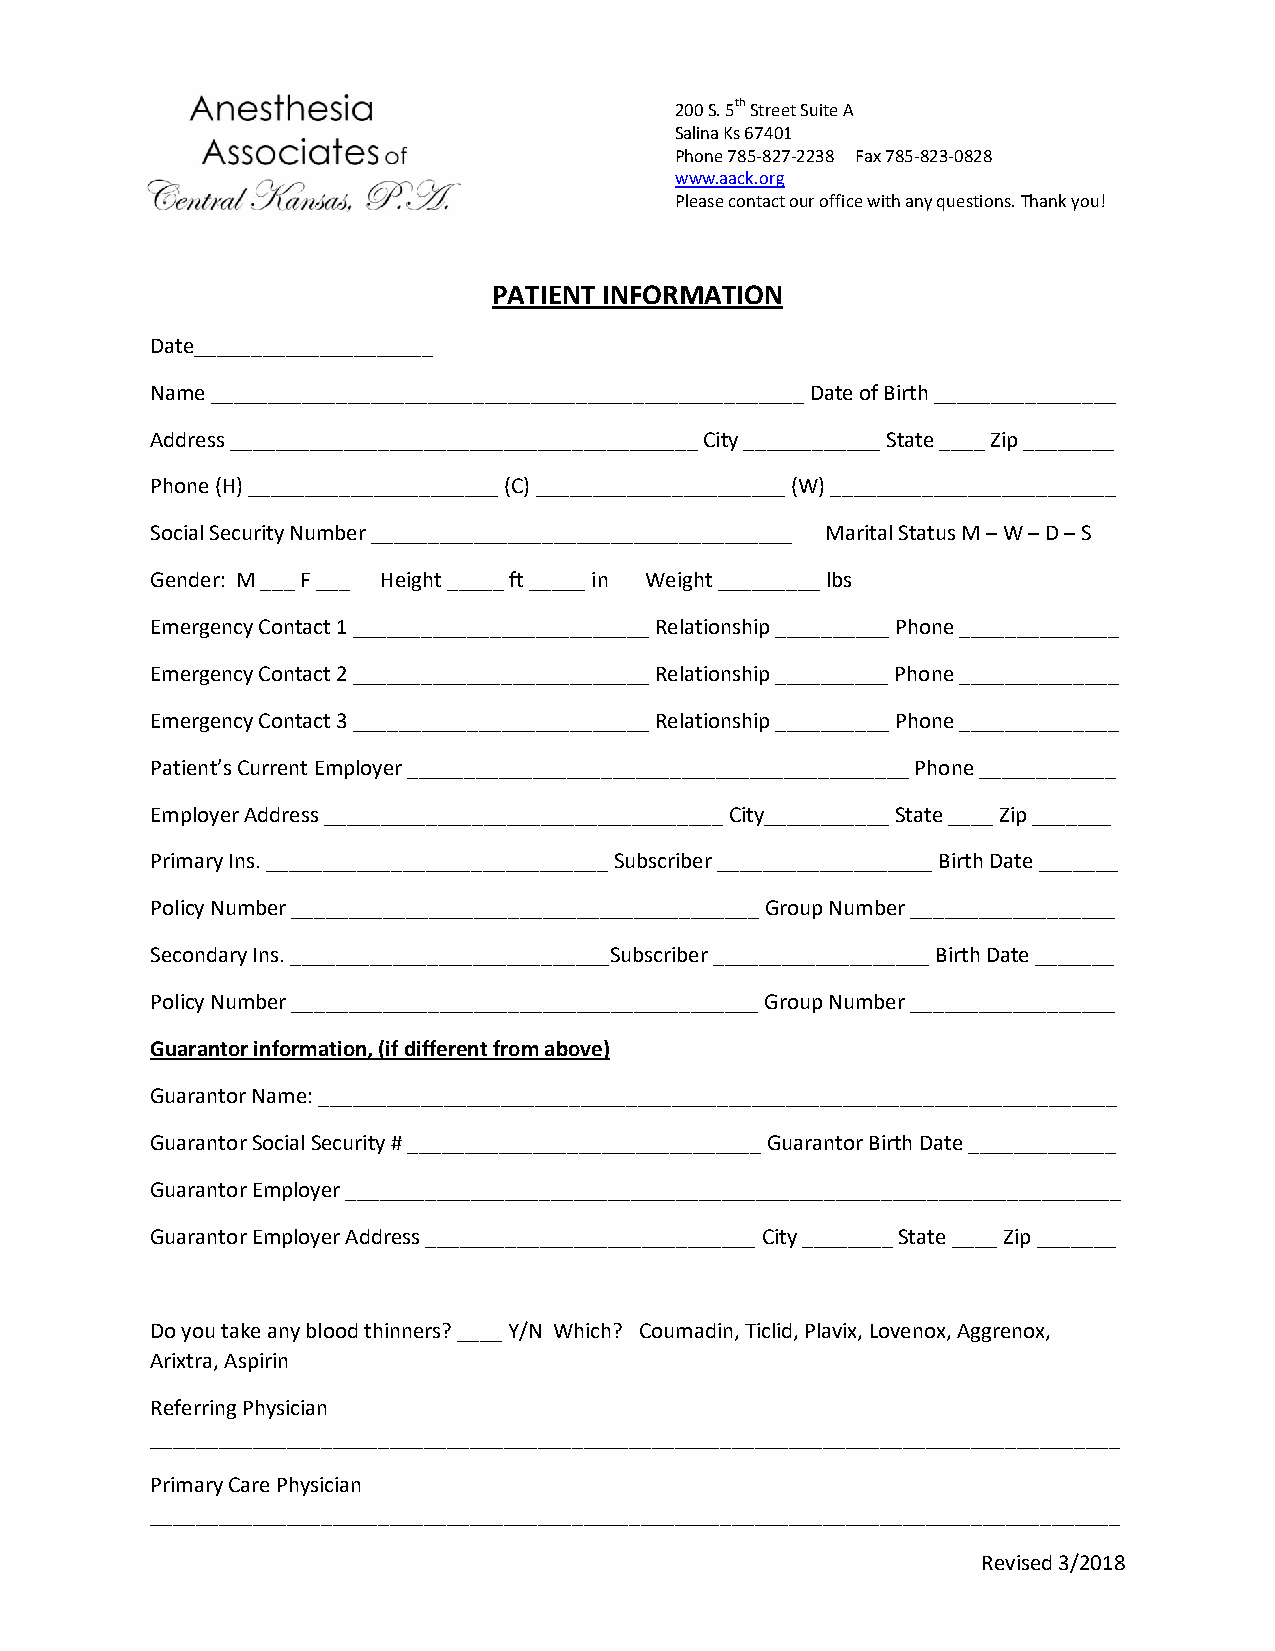
200 S. 5th Street Suite A
 Salina Ks 67401
 Phone 785-827-2238 Fax 785-823-0828
 www.aack.org
 Please contact our office with any questions. Thank you!
 PATIENT INFORMATION
 Date_____________________
 Name ____________________________________________________ Date of Birth ________________
 Address _________________________________________ City ____________ State ____ Zip ________
 Phone (H) ______________________ (C) ______________________ (W) _________________________
 Social Security Number _____________________________________ Marital Status M – W – D – S
 Gender: M ___ F ___ Height _____ ft _____ in Weight _________ lbs
 Emergency Contact 1 __________________________ Relationship __________ Phone ______________
 Emergency Contact 2 __________________________ Relationship __________ Phone ______________
 Emergency Contact 3 __________________________ Relationship __________ Phone ______________
 Patient’s Current Employer ____________________________________________ Phone ____________
 Employer Address ___________________________________ City___________ State ____ Zip _______
 Primary Ins. ______________________________ Subscriber ___________________ Birth Date _______
 Policy Number _________________________________________ Group Number __________________
 Secondary Ins. ____________________________Subscriber ___________________ Birth Date _______
 Policy Number _________________________________________ Group Number __________________
 Guarantor information, (if different from above)
 Guarantor Name: ______________________________________________________________________
 Guarantor Social Security # _______________________________ Guarantor Birth Date _____________
 Guarantor Employer ____________________________________________________________________
 Guarantor Employer Address _____________________________ City ________ State ____ Zip _______
 Do you take any blood thinners? ____ Y/N Which? Coumadin, Ticlid, Plavix, Lovenox, Aggrenox,
 Arixtra, Aspirin
 Referring Physician
 _____________________________________________________________________________________
 Primary Care Physician
 _____________________________________________________________________________________
 Revised 3/2018